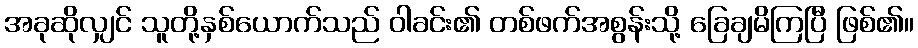
အခုဆိုလျှင် သူတို့နှစ်ယောက်သည် ဝါခင်း၏ တစ်ဖက်အစွန်းသို့ ခြေချမိကြပြီ ဖြစ်၏။